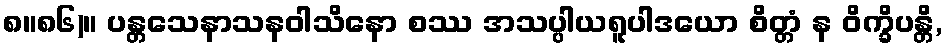
၈။၈၆)။ ပန္တသေနာသနဝါသိနော စဿ အသပ္ပါယရူပါဒယော စိတ္တံ န ဝိက္ခိပန္တိ,